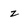
Character: z